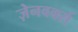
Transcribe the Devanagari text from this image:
ज़ेनवर्क्स